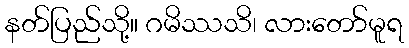
နတ်ပြည်သို့။ ဂမိဿသိ၊ လားတော်မူရ